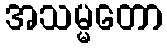
အသမ္မတော